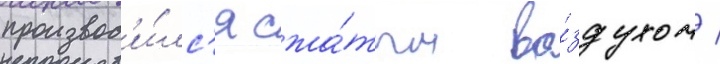
производ'и́лс'я сжа́тым во́здухом /